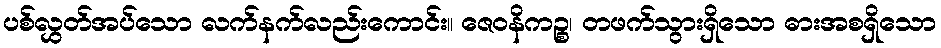
ပစ်လွှတ်အပ်သော လက်နက်လည်းကောင်း။ ဇေဝနိကဉ္စ၊ တဖက်သွားရှိသော ဓားအစရှိသော